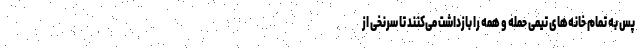
پس به تمام خانه‌های تیمی حمله و همه را بازداشت می‌کنند تا سرنخی از